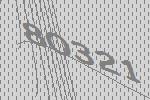
80321